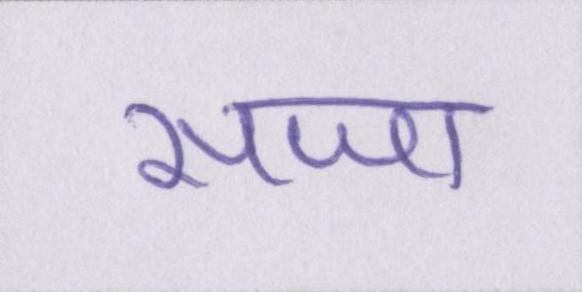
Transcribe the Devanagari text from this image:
सजा